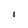
Character: l